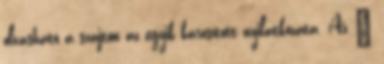
olvasható a szájton az egyik károsított nyilatkozata. Az '